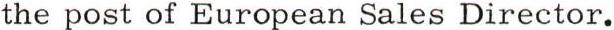
the post of European Sales Director.